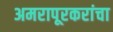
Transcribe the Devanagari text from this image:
अमरापूरकरांचा